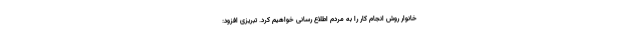
خانوار روش انجام کار را به مردم اطلاع رسانی خواهیم کرد. تبریزی افزود: